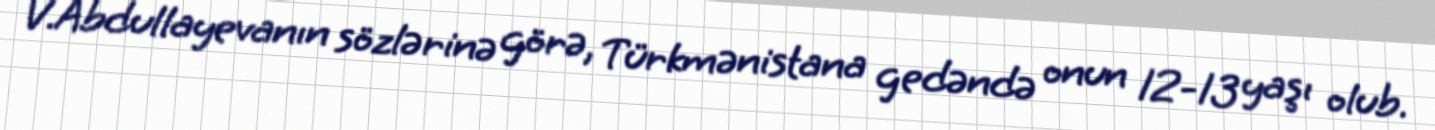
V.Abdullayevanın sözlərinə görə, Türkmənistana gedəndə onun 12-13 yaşı olub.